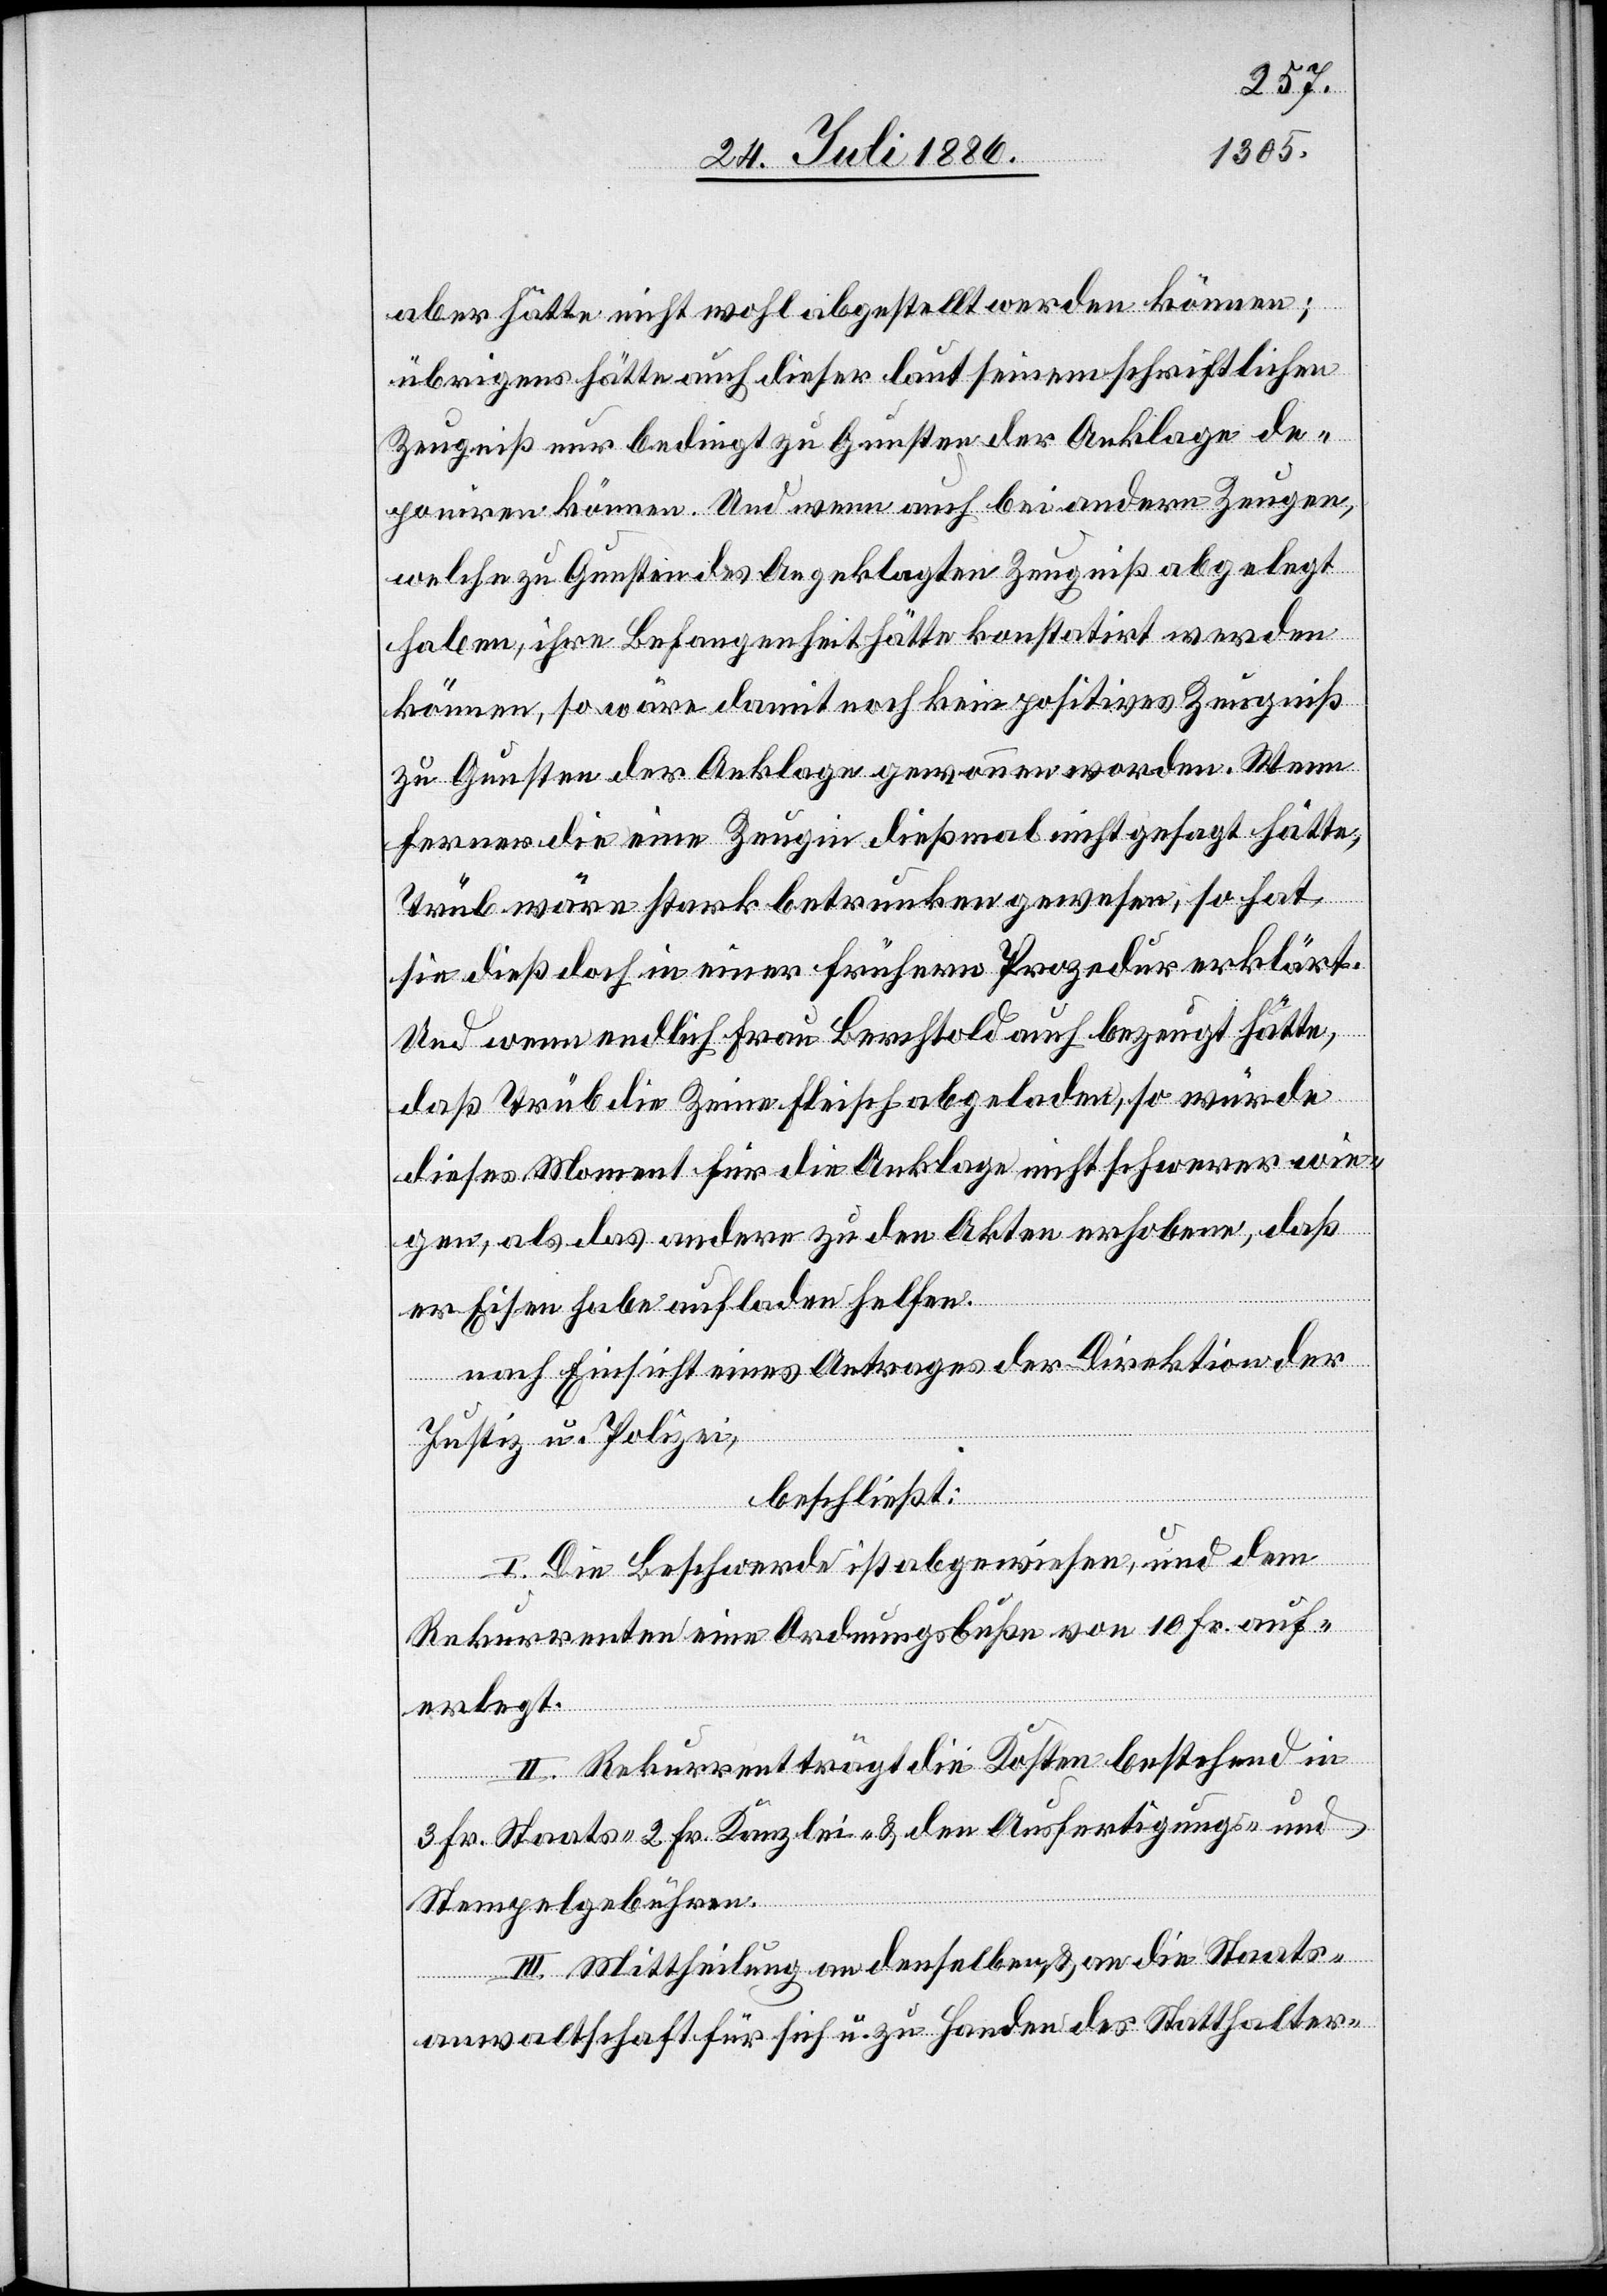
aber hätte nicht wohl abgestellt werden können;
übrigens hätte auch dieser laut seinem schriftlichen
Zeugniß nur bedingt zu Gunsten der Anklage de¬
poniren können. Und wenn auch bei andern Zeugen,
welche zu Gunsten des Angeklagten Zeugniß abgelegt
haben, ihre Befangenheit hätte konstatirt werden
können, so wäre damit noch kein positives Zeugniß
zu Gunsten der Anklage gewonnen worden. Wenn
ferner die eine Zeugin dießmal nicht gesagt hätte,
Trüb wäre stark betrunken gewesen, so hat
sie dieß doch in einer frühern Prozedur erklärt.
Und wenn endlich Frau Berchtold auch bezeugt hätte,
daß Trüb die Zeine Fleisch abgeladen, so würde
dieses Moment für die Anklage nicht schwerer wie¬
gen, als das andere zu den Akten erhobene, daß
er Eisen habe aufladen helfen.
nach Einsicht eines Antrages der Direktion der
Justiz u. Polizei,
beschließt:
I. Die Beschwerde ist abgewiesen, und dem
Rekurrenten eine Ordnungsbuße von 10 Fr. auf¬
erlegt.
II. Rekurrent trägt die Kosten bestehend in
3 Fr. Staats- 2 Fr. Kanzlei- & den Ausfertigungs- und
Stempelgebühren.
III. Mittheilung an denselben, & an die Staats¬
anwaltschaft für sich u. zu Handen des Statthalter-